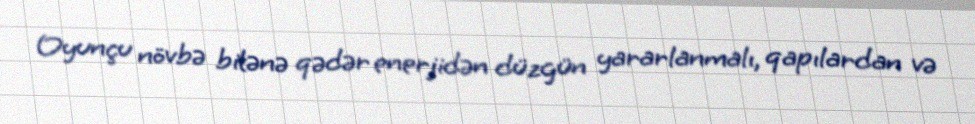
Oyunçu növbə bitənə qədər enerjidən düzgün yararlanmalı, qapılardan və